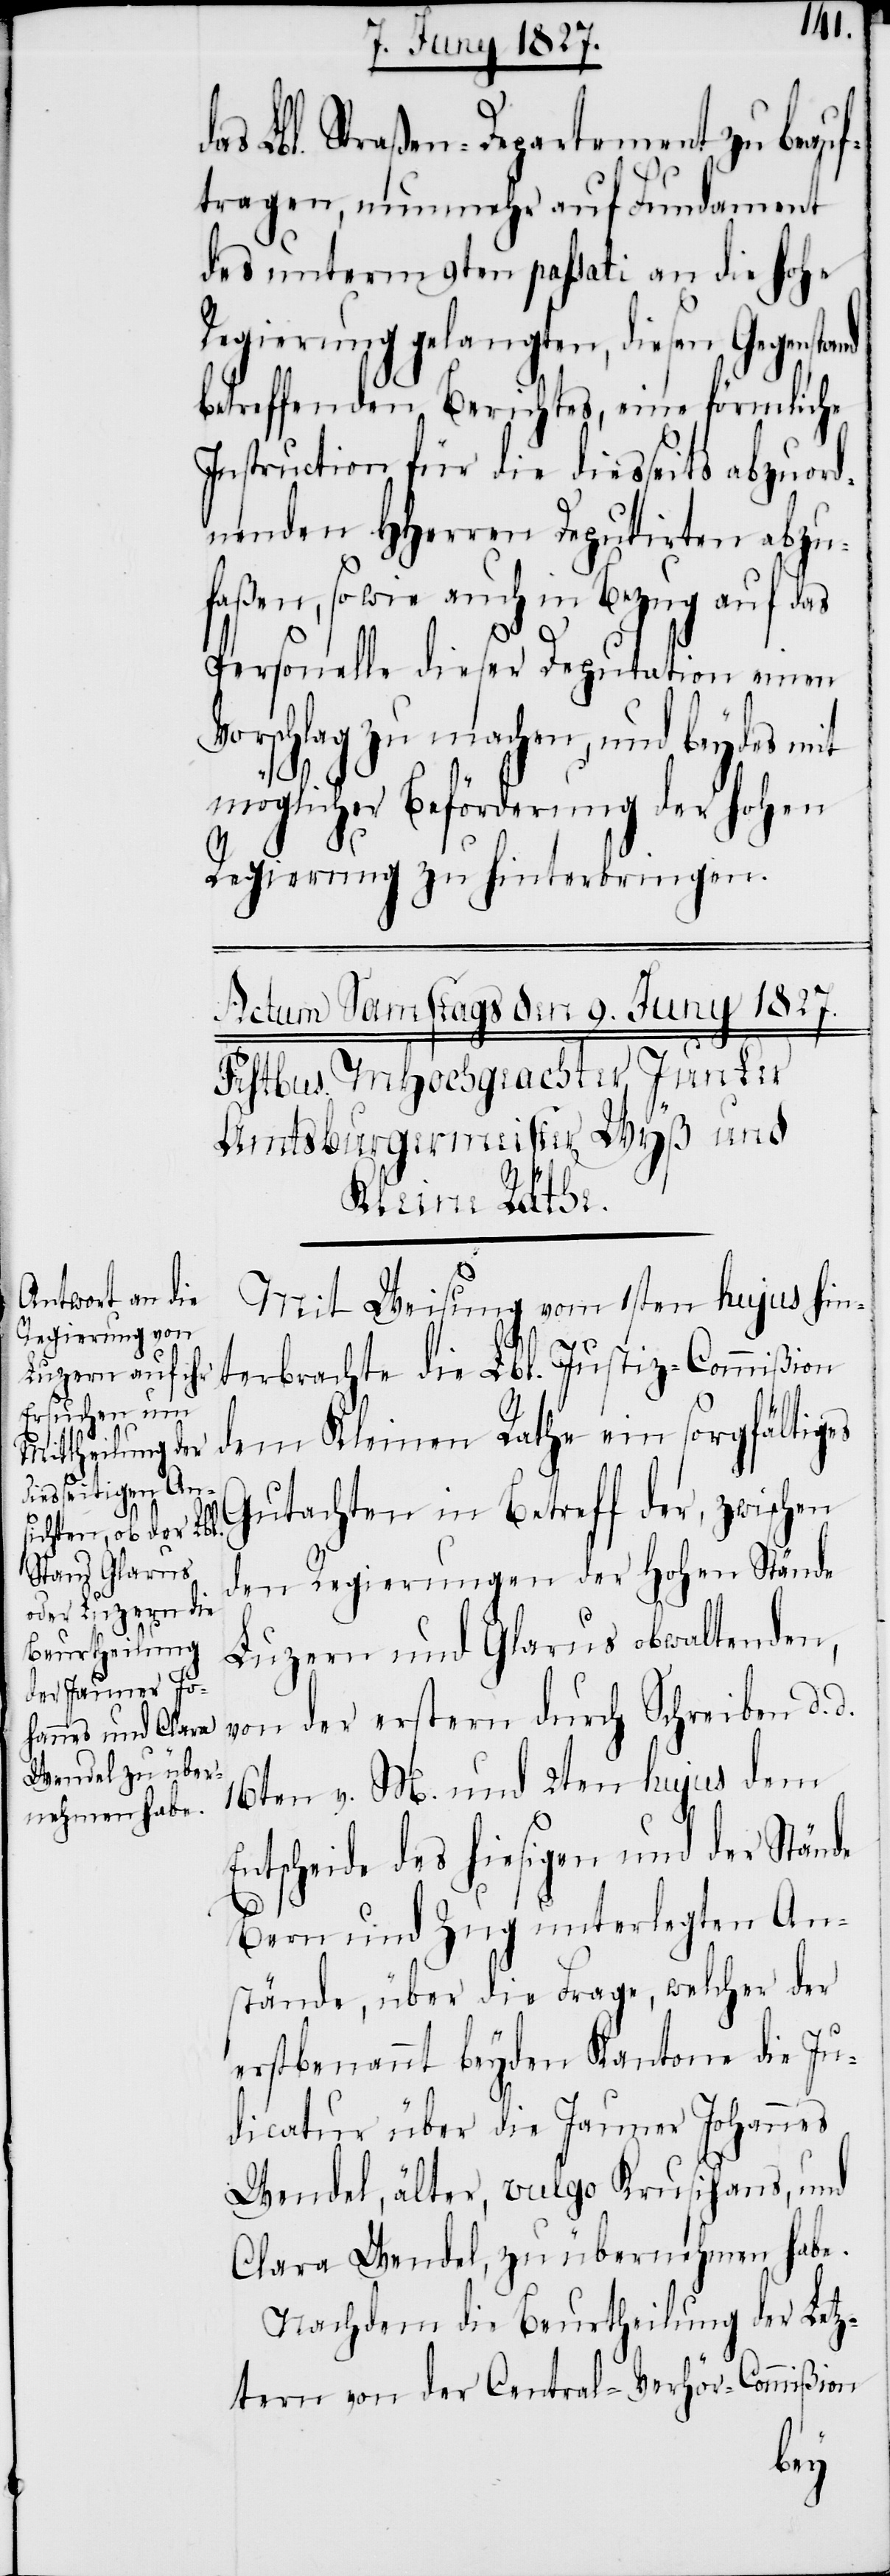
d¬

as Lbl. Straßen-Departement zu beauf¬
tragen, nunmehr auf Fundament
des unterm 9ten passati an die hohe
Regierung gelangten, diesen Gegenstand
betreffenden Berichtes, eine förmliche
Instruction für die diesseits abzuord¬
nenden HHerren Deputirten abzu¬
faßen, sowie auch in Bezug auf das
Personelle dieser Deputation einen
Vorschlag zu machen, und beydes mit
möglicher Beförderung der hohen
Regierung zu hinterbringen.
Mit Weisung vom 1sten hujus hin¬
terbrachte die Lbl. Justiz-Commißion
dem Kleinen Rathe ein sorgfältiges
Gutachten in Betreff der, zwischen
den Regierungen der Hohen Stände
Luzern und Glarus obwaltenden,
von der ersten durch Schreiben d. d.
16ten v. M. und 2ten hujus dem
Entscheide des hiesigen und der Stände
Bern und Zug unterlegten An¬
stände, über die Frage, welcher der
erstbenannt beyden Kantone die Ju¬
dicatur über die Jauner Johannes
Wendel, älter, vulgo Krusihans, und
Clara Wendel, zu übernehmen habe.
Nachdem die Beurtheilung der Letz¬
tern von der Central-Verhör-Commißion